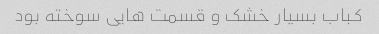
کباب بسیار خشک و قسمت هایی سوخته بود